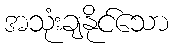
အသုံးချနိုင်သော